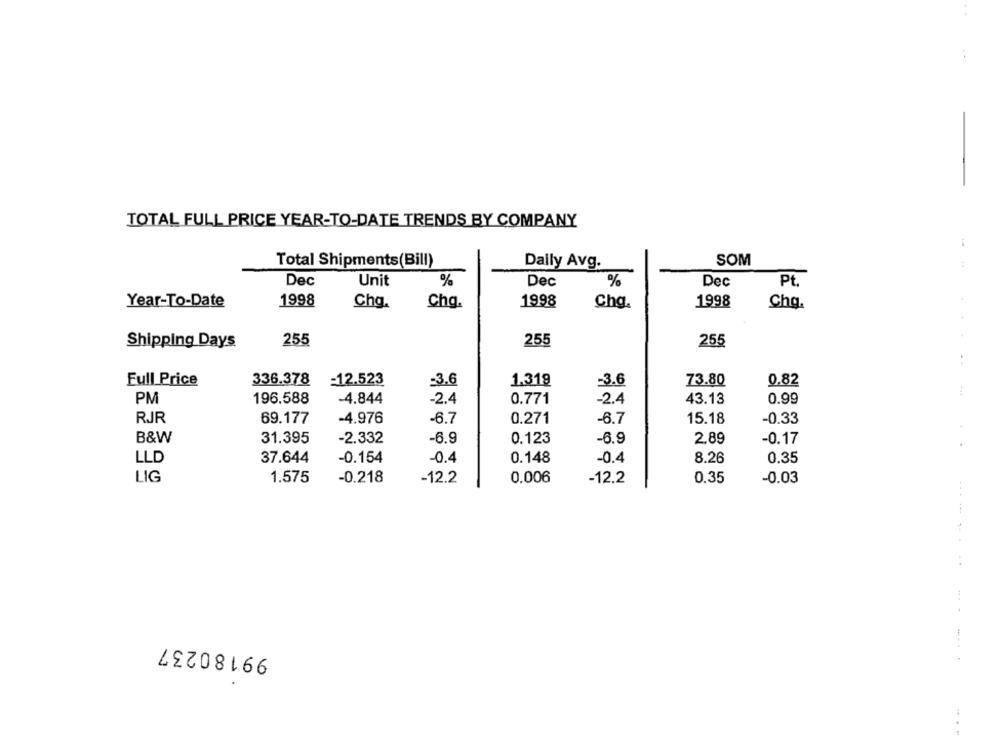
TOTAL FULL PRICE YEAR-TO-DATE TRENDS BY COMPANY
Total Shipments(Bill)
Daily Avg.
SOM
Dec
Unit
%
Dec
%
Dec
Pt.
Year-To-Date
1998
Chg.
Chg.
1998
Chg.
1998
Chq.
255
Shipping Days
255
255
:
Full Price
336.378
-12.523
=3.6
1.319
=3.6
73.80
0.82
PM
196.588
-4.844
-2.4
0.771
-2.4
43.13
0.99
RJR
69.177
-4.976
-6.7
0.271
-6.7
15.18
-0.33
B&W
31.395
-2.332
-6.9
0.123
-6.9
2.89
-0.17
LLD
37.644
-0.154
-0.4
0.148
-0.4
8.26
0.35
LIG
1.575
-0.218
-12.2
0.006
-12.2
0.35
-0.03
-----
. .
99180237